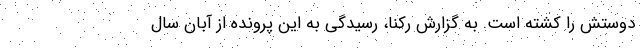
دوستش را کشته است. به گزارش رکنا، رسیدگی به این پرونده از آبان سال